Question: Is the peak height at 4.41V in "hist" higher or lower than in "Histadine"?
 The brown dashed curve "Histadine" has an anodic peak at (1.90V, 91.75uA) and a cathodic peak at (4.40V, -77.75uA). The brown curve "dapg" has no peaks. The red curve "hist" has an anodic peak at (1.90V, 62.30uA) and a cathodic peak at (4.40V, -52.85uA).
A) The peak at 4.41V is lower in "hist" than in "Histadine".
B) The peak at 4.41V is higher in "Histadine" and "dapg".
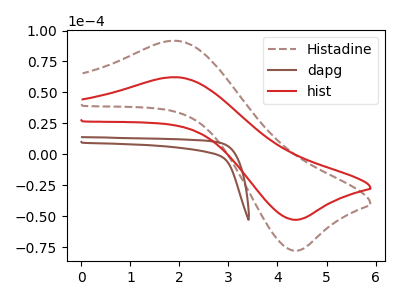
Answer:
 <answer>A) The peak at 4.41V is lower in "hist" than in "Histadine".</answer>
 <eval>A</eval>